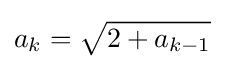
a_{k}={\sqrt {2+a_{k-1}}}